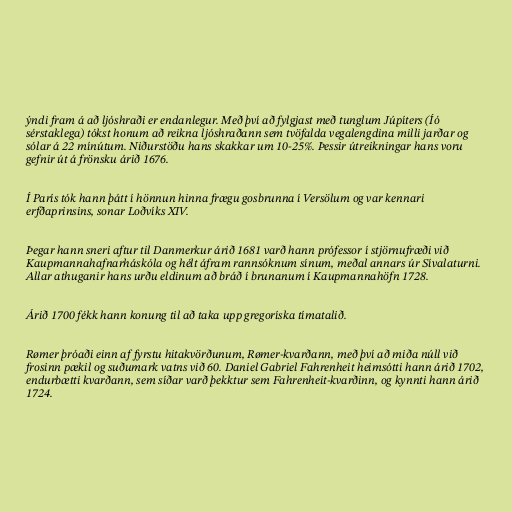
ýndi fram á að ljóshraði er endanlegur. Með því að fylgjast með tunglum Júpíters (Íó
sérstaklega) tókst honum að reikna ljóshraðann sem tvöfalda vegalengdina milli jarðar og
sólar á 22 mínútum. Niðurstöðu hans skakkar um 10-25%. Þessir útreikningar hans voru
gefnir út á frönsku árið 1676.

Í París tók hann þátt í hönnun hinna frægu gosbrunna í Versölum og var kennari
erfðaprinsins, sonar Loðvíks XIV.

Þegar hann sneri aftur til Danmerkur árið 1681 varð hann prófessor í stjörnufræði við
Kaupmannahafnarháskóla og hélt áfram rannsóknum sínum, meðal annars úr Sívalaturni.
Allar athuganir hans urðu eldinum að bráð í brunanum í Kaupmannahöfn 1728.

Árið 1700 fékk hann konung til að taka upp gregoríska tímatalið.

Rømer þróaði einn af fyrstu hitakvörðunum, Rømer-kvarðann, með því að miða núll við
frosinn pækil og suðumark vatns við 60. Daniel Gabriel Fahrenheit heimsótti hann árið 1702,
endurbætti kvarðann, sem síðar varð þekktur sem Fahrenheit-kvarðinn, og kynnti hann árið
1724.